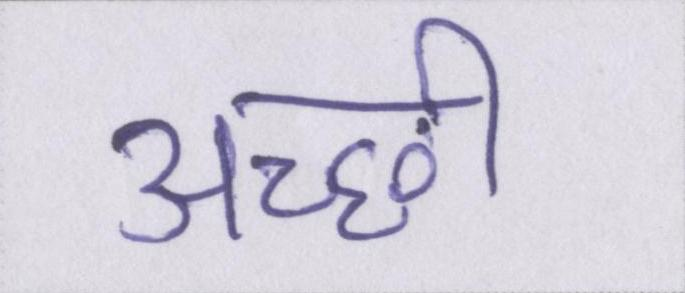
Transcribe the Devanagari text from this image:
अच्छी